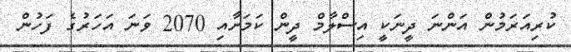
ކުރިއަރަމުން އަންނަ ދީނަކީ އިސްލާމް ދީން ކަމަށާއި 2070 ވަނަ އަހަރުގެ ފަހުން